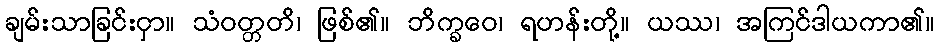
ချမ်းသာခြင်းငှာ။ သံဝတ္တတိ၊ ဖြစ်၏။ ဘိက္ခဝေ၊ ရဟန်းတို့။ ယဿ၊ အကြင်ဒါယကာ၏။